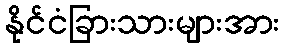
နိုင်ငံခြားသားများအား